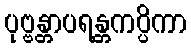
ပုဗ္ဗန္တာပရန္တကပ္ပိကာ